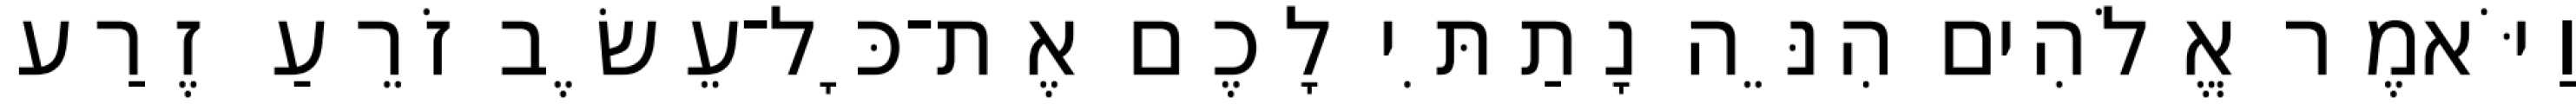
וַיֹּאמֶר אֱלֹהִים הִנֵּה נָתַתִּי לָכֶם אֶת־כָּל־עֵשֶׂב זֹרֵעַ זֶרַע